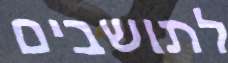
לתושבים